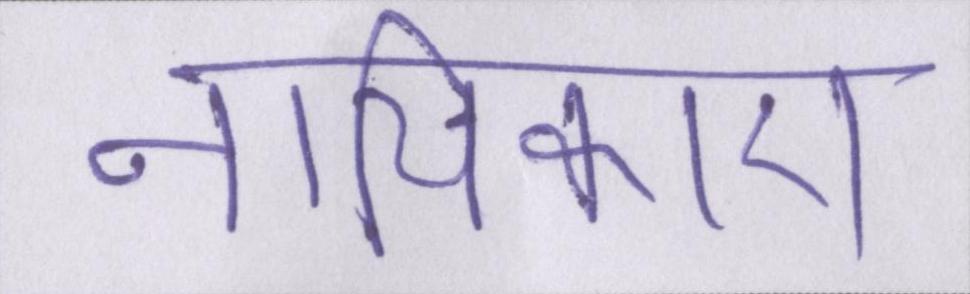
नायिकाएं